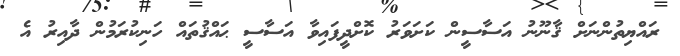
ރައްޔިތުންނަށް ޤާނޫނު އަސާސީން ކަށަވަރު ކޮށްދީފައިވާ އަސާސީ ޙައްޤުތައް ހަނިކުރަމުން ދާއިރު އެ